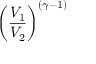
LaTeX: \left( { \frac { V _ { 1 } } { V _ { 2 } } } \right) ^ { ( \gamma - 1 ) }